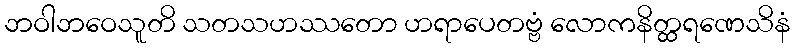
ဘဝါဘဝေသူတိ သတသဟဿတော ဟရာပေတဗ္ဗံ လောကနိတ္ထရဏေသိနံ